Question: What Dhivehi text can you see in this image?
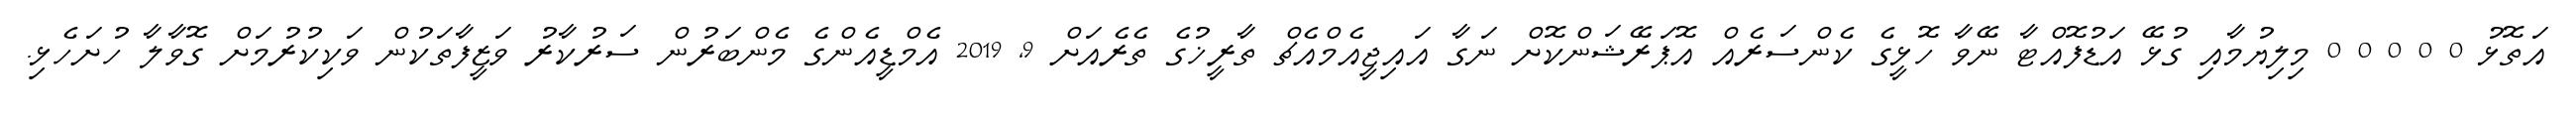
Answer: އަތޮޅު 0 0 0 0 0 މިލިޔުމާއި ގުޅޭ އަޑުފޮއްޓާ ނޭވާ ހޮޅީގެ ކެންސަރެއް އޮޕަރޭޝަންކޮށް ނަގާ އައިޖީއެމްއެޗް ތާރީޚުގެ ތެރެއަށް 9, 2019 އެމްޑީއެންގެ މެންބަރުން ސަރުކާރު ވަޒީފާތަކުން ވަކިކުރުމަށް ގޮވާލާ ހުށަހެޅި.